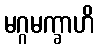
မဂ္ဂမက္ခာဟိ